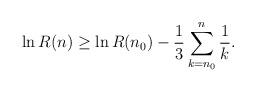
LaTeX: \begin{align*} \ln R(n)\geq \ln R(n_0)-\frac{1}{3}\sum_{k=n_0}^n\frac{1}{k}.\end{align*}